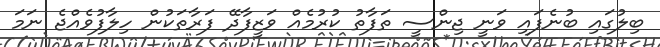
ބިލުގައި ބުނެފައި ވަނީ ޖިންސީ ތަފާތު ކުރުމެއް ވަޒީފާދޭ ފަރާތަކުން ހިލާފުވެއްޖެ ނަމަ